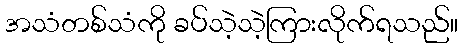
အသံတစ်သံကို ခပ်သဲ့သဲ့ကြားလိုက်ရသည်။